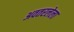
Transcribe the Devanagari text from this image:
अवतरलेला